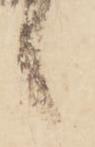
候